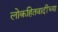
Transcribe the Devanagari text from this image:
लोकहितवादींच्या